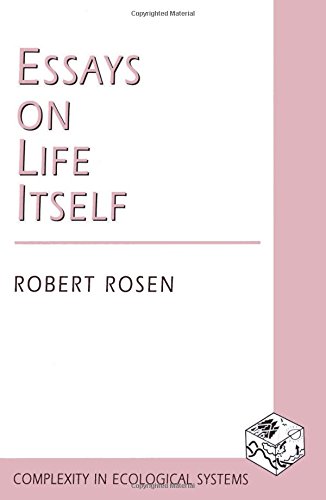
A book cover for Essays on Life Itself; Robert Rosen; Science & Math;